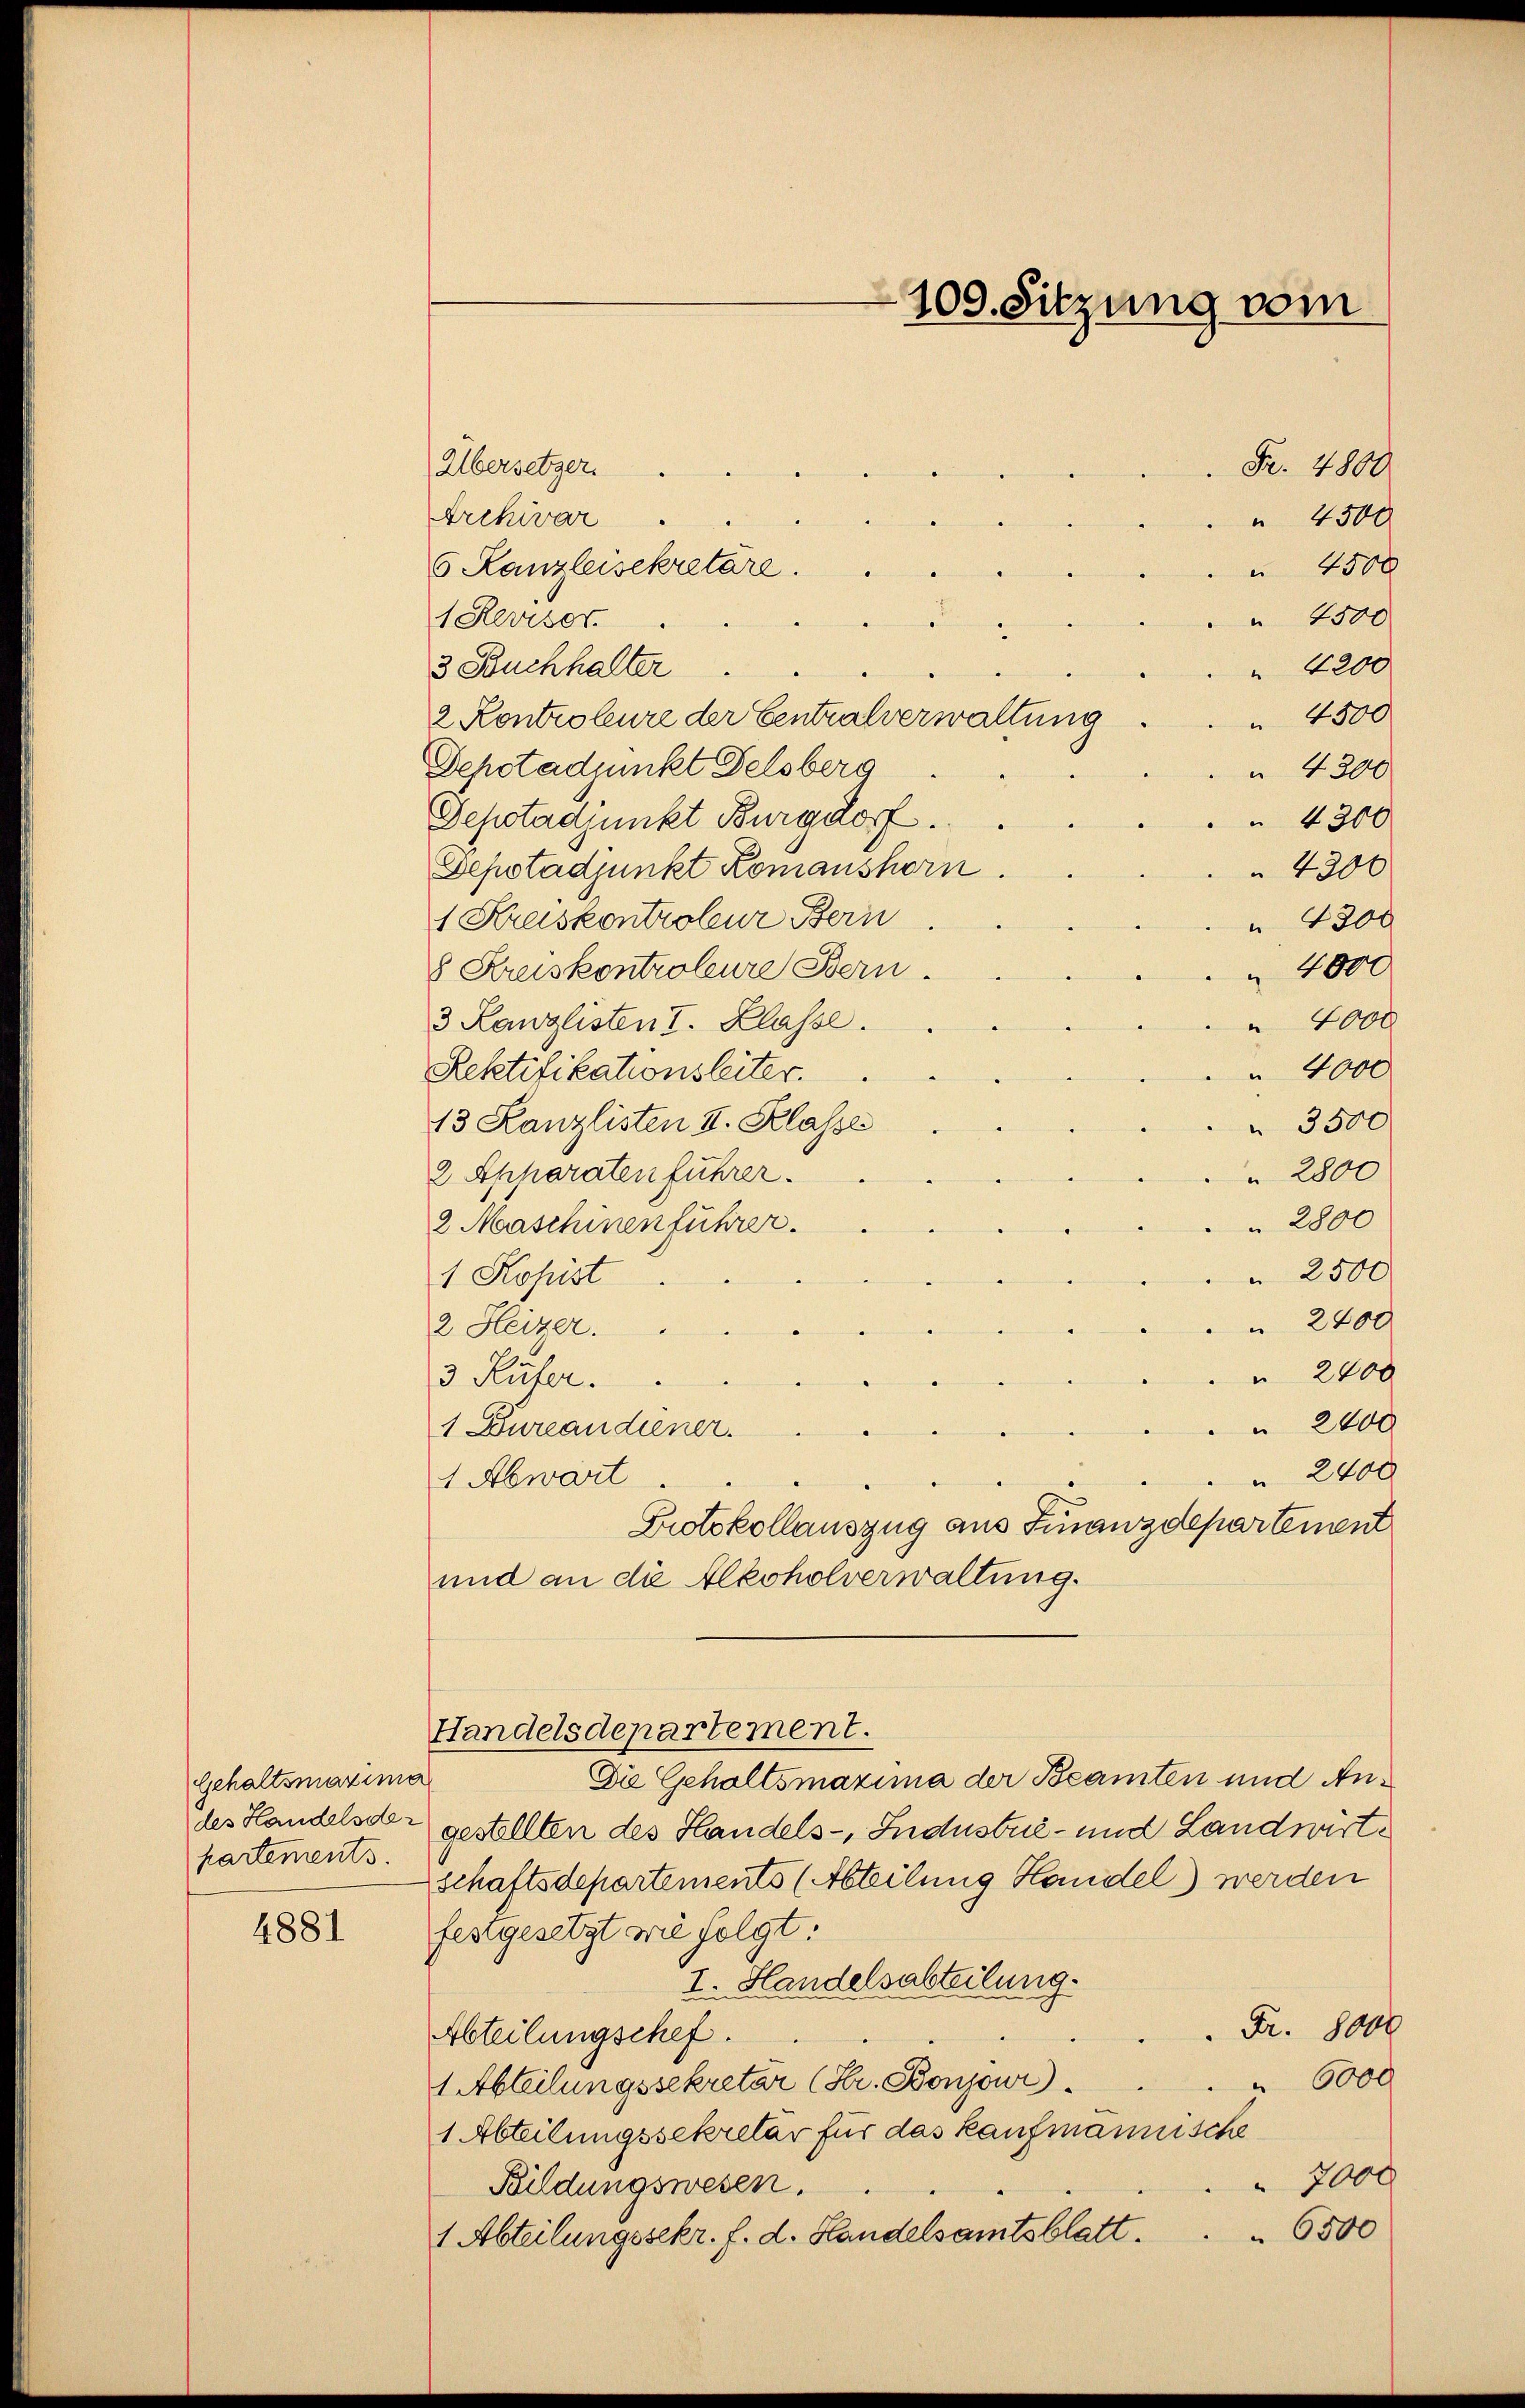
Gehaltsmaxima
des Handelsde
partements.

4881

Übersetzer
Archivar
5 Kanzleisekretäre.
 4500
 4500
1 Herrser.
 4200
3 Buchhalter
2 Kontroleure der Centralverwaltung
 4500
Depotadjunkt Felsberg
" 4300
Sepotadjunkt Burgdorf.
4300
4300
Depotadjunkt Romanshorn.
1 Kreiskontroleur Bern
 4300
8 Kreiskontroleure Bern.
4000
3 Kanzlisten I. Klasse.
 4000
" 4000
Rektifikationsleiter.
13 Kanzlisten I. Klasse
 3500
2 Ephoraten führer.
 2800
 2800
2 Maschinen führer.
 2500
1 Kopist
2400
2 Heizer.
 2400
3 Küfer.
 2400
1 Bureaudiener.
 2400
1 Abwart
Protokollauszug aus Finanzdepartement
und an die Alkoholverwaltung.
Handelsdepartement.
Die Gehaltsmaxima der Beamten und Angestellten des Handels-, Industrie- und Landwirtschaftsdepartements (Abteilung Handel) werden
festgesetzt wie folgt:
I. Handelsabteilung.
Fr. 8000
Abteilungschef.
 6000
1 Abteilungssekretär (Kr. Bonjour.
1 Abteilungssekretär für das kaufmannische
7000
Bildungswesen.
6500
1 Abteilungssekr. f. d. Handelsamtsblatt.

109. Sitzung vom

Fr. 4800.
 4500